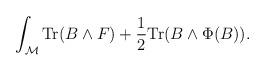
LaTeX: \begin{align*}\int_{\cal M} {\rm Tr} (B\wedge F) + {1\over 2}{\rm Tr} (B\wedge \Phi(B)).\end{align*}